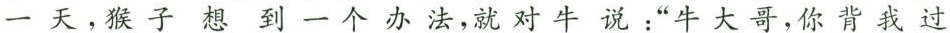
一天，猴子想到一个办法，就对牛说：”牛大哥，你背我过